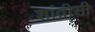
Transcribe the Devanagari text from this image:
शांतीसी